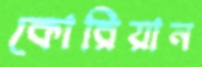
কোরিয়ান